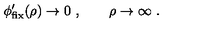
\phi _ { \mathrm { f i x } } ^ { \prime } ( \rho ) \rightarrow 0 \ , \qquad \rho \rightarrow \infty \ .